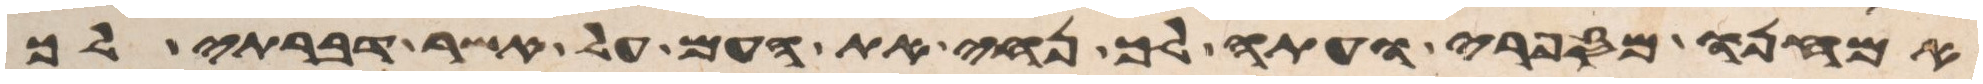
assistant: אמחנו מספרי ועתה לך נחה את העם על אשר דברתי לך